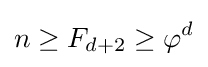
n\geq F_{d+2}\geq \varphi ^{d}